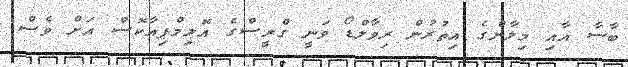
ބާސާ އާއި މިލާންގެ އިތުރުން ރިވާލްޑޯ ވަނީ ގްރީސްގެ އޮލިމްޕިއާކޮސް އަށް ވެސް